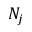
N _ { j }